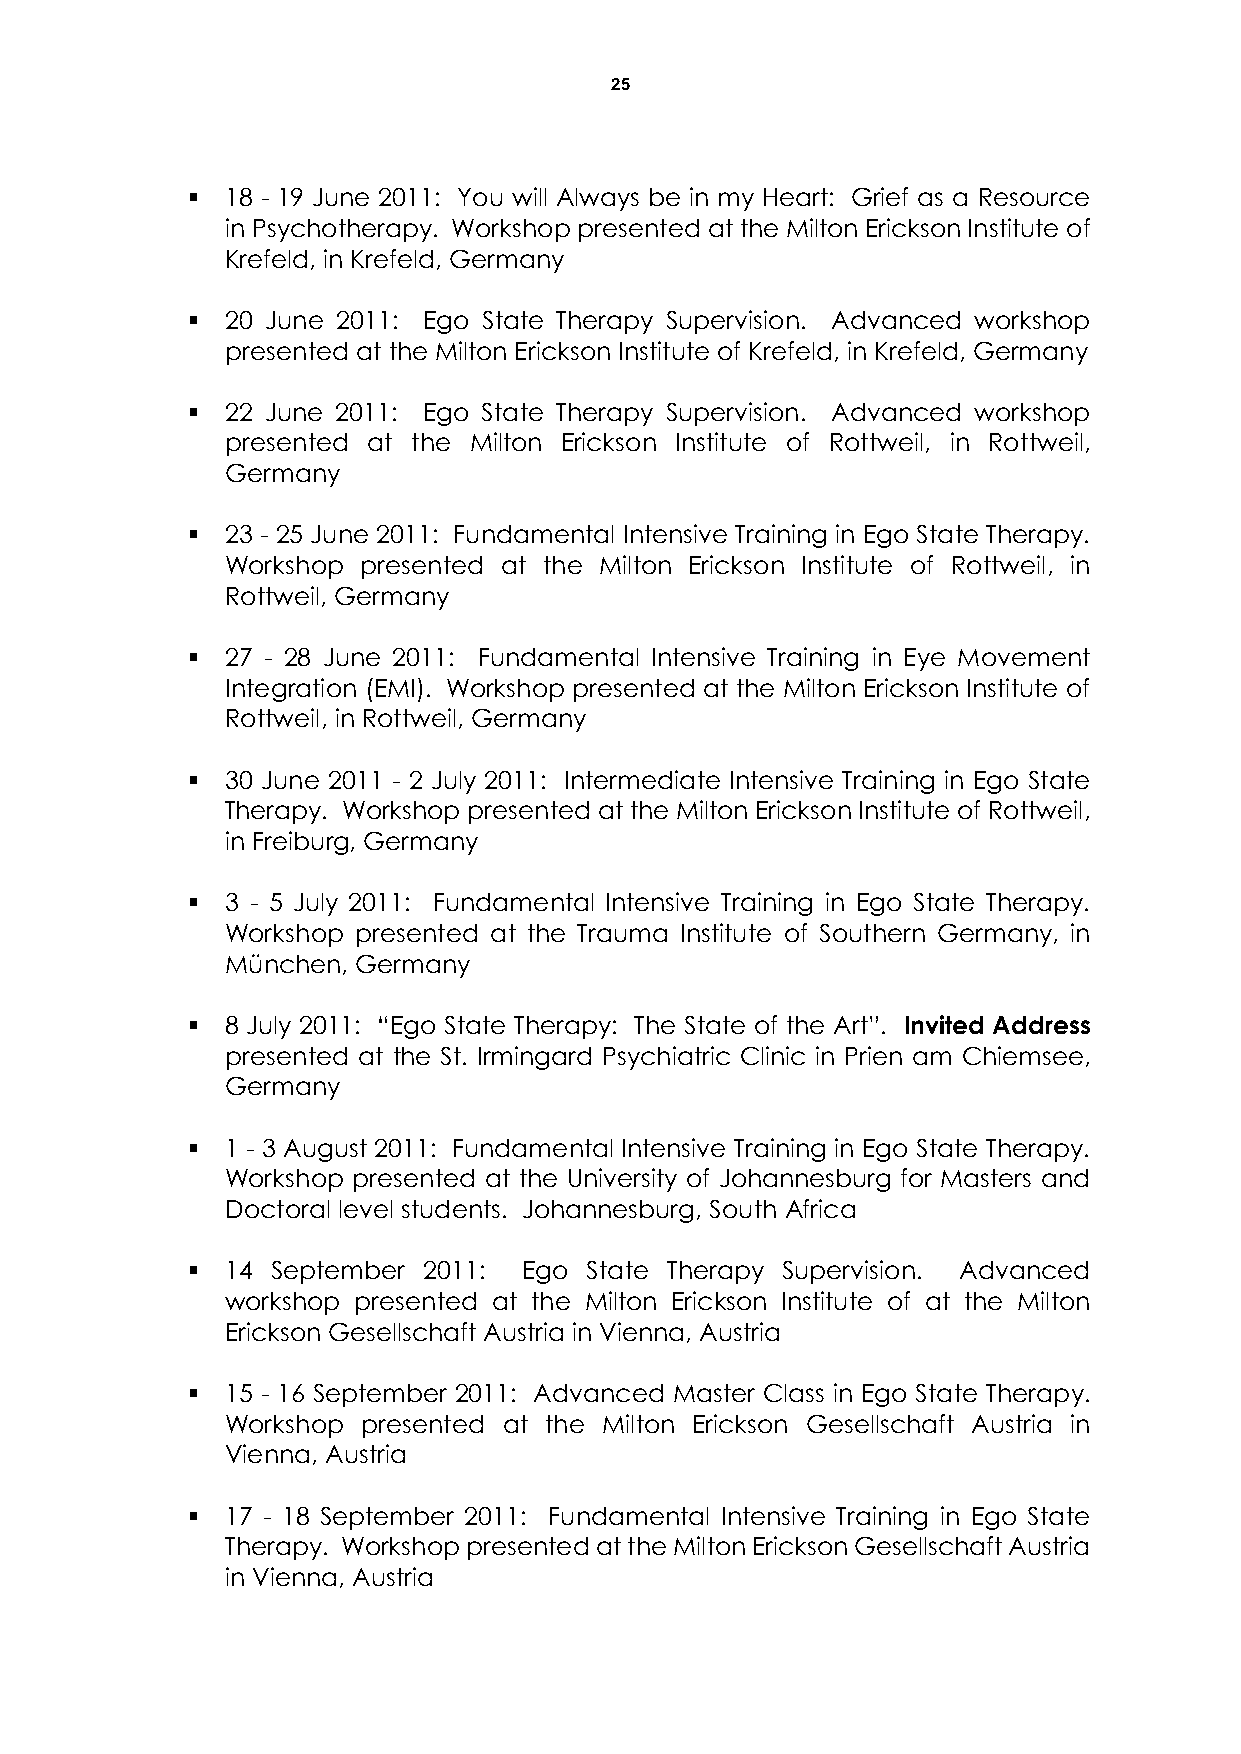
25
   18 - 19 June 2011: You will Always be in my Heart: Grief as a Resource
 in Psychotherapy. Workshop presented at the Milton Erickson Institute of
 Krefeld, in Krefeld, Germany
   20 June 2011: Ego State Therapy Supervision. Advanced workshop
 presented at the Milton Erickson Institute of Krefeld, in Krefeld, Germany
   22 June 2011: Ego State Therapy Supervision. Advanced workshop
 presented at the Milton Erickson Institute of Rottweil, in Rottweil,
 Germany
   23 - 25 June 2011: Fundamental Intensive Training in Ego State Therapy.
 Workshop presented at the Milton Erickson Institute of Rottweil, in
 Rottweil, Germany
   27 - 28 June 2011: Fundamental Intensive Training in Eye Movement
 Integration (EMI). Workshop presented at the Milton Erickson Institute of
 Rottweil, in Rottweil, Germany
   30 June 2011 - 2 July 2011: Intermediate Intensive Training in Ego State
 Therapy. Workshop presented at the Milton Erickson Institute of Rottweil,
 in Freiburg, Germany
   3 - 5 July 2011: Fundamental Intensive Training in Ego State Therapy.
 Workshop presented at the Trauma Institute of Southern Germany, in
 München, Germany
   8 July 2011: “Ego State Therapy: The State of the Art”. Invited Address
 presented at the St. Irmingard Psychiatric Clinic in Prien am Chiemsee,
 Germany
   1 - 3 August 2011: Fundamental Intensive Training in Ego State Therapy.
 Workshop presented at the University of Johannesburg for Masters and
 Doctoral level students. Johannesburg, South Africa
   14 September 2011:  Ego State Therapy Supervision. Advanced
 workshop presented at the Milton Erickson Institute of at the Milton
 Erickson Gesellschaft Austria in Vienna, Austria
   15 - 16 September 2011: Advanced Master Class in Ego State Therapy.
 Workshop presented at the Milton Erickson Gesellschaft Austria in
 Vienna, Austria
   17 - 18 September 2011: Fundamental Intensive Training in Ego State
 Therapy. Workshop presented at the Milton Erickson Gesellschaft Austria
 in Vienna, Austria